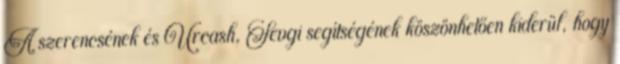
A szerencsének és Urcash, Sevgi segítségének köszönhetően kiderül, hogy